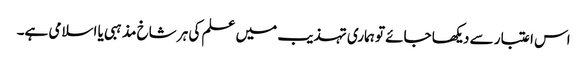
اس اعتبار سے دیکھا جائے تو ہماری تہذیب میں علم کی ہر شاخ مذہبی یا اسلامی ہے۔